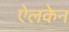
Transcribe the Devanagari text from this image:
ऐलकेन